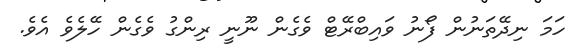
ހަމަ ނިދޭތަނުން ފޯނު ވައިބްރޭޓް ވެގެން ނޫނީ ރިންގު ވެގެން ހޭލެވެ އެވެ.